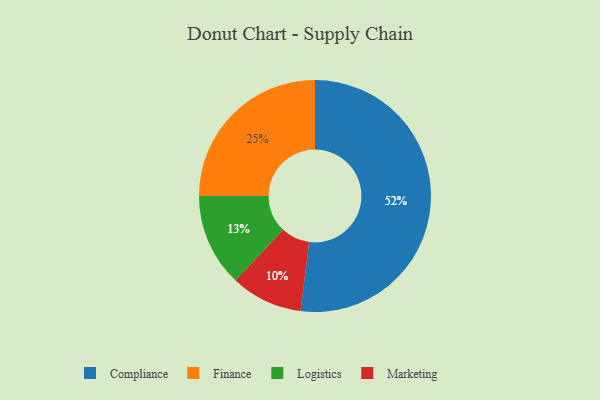
{"axis": {"x": "Category", "y": "Percentage"}, "legend": ["Compliance", "Finance", "Logistics", "Marketing"], "data": [{"x": "Logistics", "y": 13, "type": "Logistics"}, {"x": "Compliance", "y": 52, "type": "Compliance"}, {"x": "Marketing", "y": 10, "type": "Marketing"}, {"x": "Finance", "y": 25, "type": "Finance"}]}